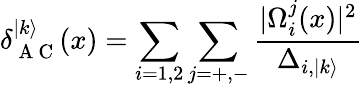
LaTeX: \delta_{\mathrm{~A~C~}}^{|k\rangle}(x)=\sum_{i=1,2}\sum_{j=+,-}\frac{|\Omega_{i}^{j}(x)|^{2}}{\Delta_{i,|k\rangle}}